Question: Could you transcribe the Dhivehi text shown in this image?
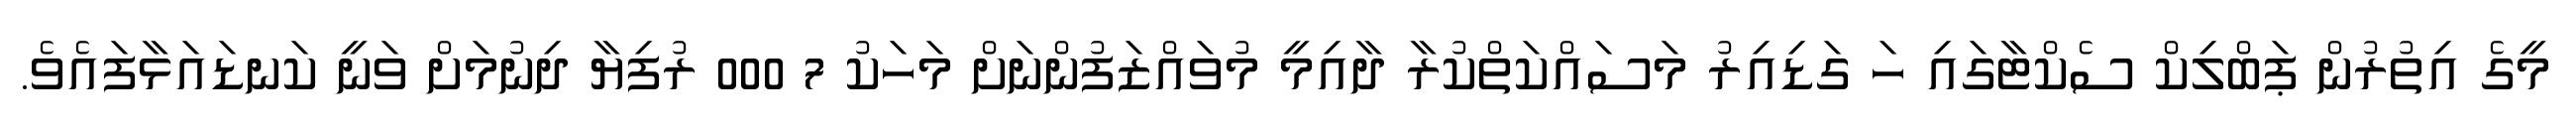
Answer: މީގެ އިތުރުން ޕަބްލިކް ސެކްޓާގައި ހަ ގަޑިއިރު މަސައްކަތްކުރާ ދާއިމީ މުވައްޒަފުންނަށް މަހަކު 7 000 ރުފިޔާ ދިނުމަށް ވަނީ ކަނޑައަޅާފައެވެ.